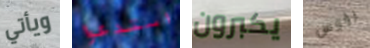
ويأتي استدعوا يكبرون رؤوس